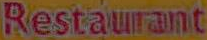
Restaurant